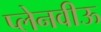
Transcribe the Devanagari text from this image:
प्लेनवीऊ